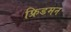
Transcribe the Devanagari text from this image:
फ्रिडमन